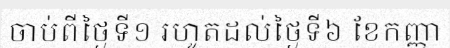
ចាប់ពីថ្ងៃទី១ រហូតដល់ថ្ងៃទី៦ ខែកញ្ញា